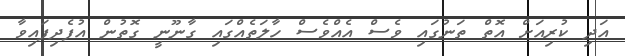
އަދި ކުރިއަށް އޮތް ތަނުގައި ވެސް އެއްވެސް ހާލަތެއްގައި ގާނޫނީ ގޮތުން އުފެދިފައިވާ